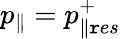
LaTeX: p_{\parallel}=p_{\parallel\mathtt{r}es}^{+}